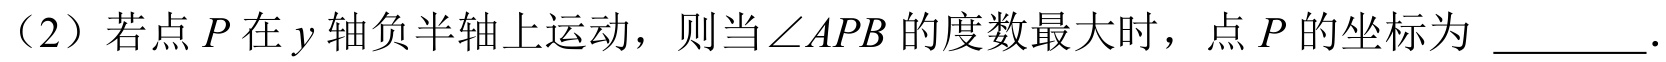
（2）若点\(P\)在\(y\)轴负半轴上运动，则当\(\angle APB\)的度数最大时，点\(P\)的坐标为 \(\underline{\quad\quad}\).